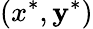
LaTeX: (x^{*},\mathbf{y}^{*})